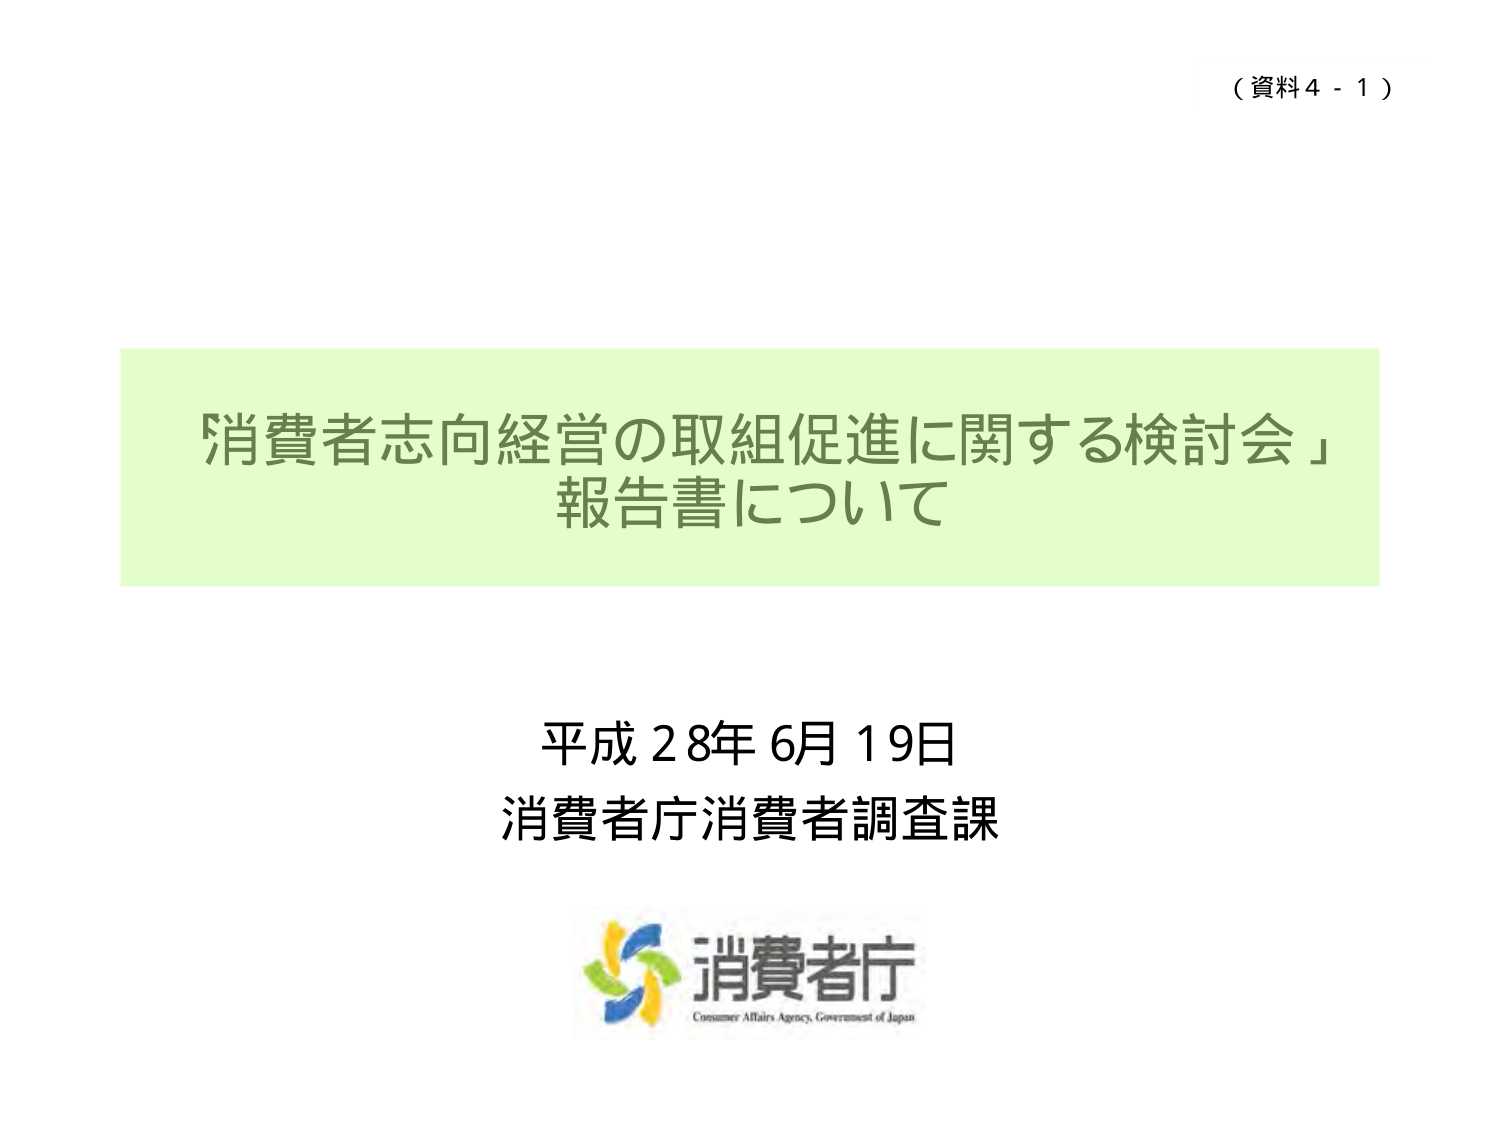
（資料４－１）

「消費者志向経営の取組促進に関する検討会」
報告書について

平成28年6月19日
消費者庁消費者調査課

消費者庁
Consumer Affairs Agency, Government of Japan